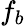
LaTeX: f_{b}